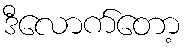
ဒီလောက်တော့